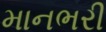
માનભરી